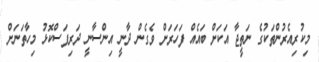
މިކުރިއެރުންތަކުގެ ނަތީޖާ އަކަށް ބައެއް ފަހަރަށް ވެގެން ދާނީ އިންސާނީ ދަރިފަސްކޮޅު މިހާތަނަށް